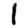
Digit: 1